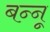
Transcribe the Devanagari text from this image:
बन्‍नू